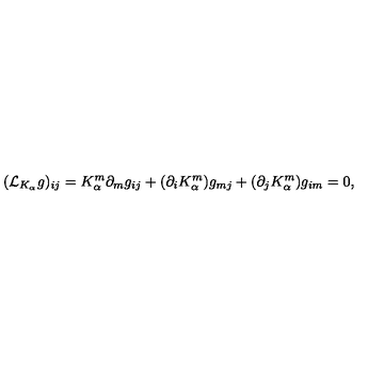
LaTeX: ( { \mathcal L } _ { K _ { \alpha } } g ) _ { i j } = K _ { \alpha } ^ { m } \partial _ { m } g _ { i j } + ( \partial _ { i } K _ { \alpha } ^ { m } ) g _ { m j } + ( \partial _ { j } K _ { \alpha } ^ { m } ) g _ { i m } = 0 ,